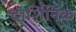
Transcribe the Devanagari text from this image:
दार्शिनिक